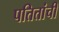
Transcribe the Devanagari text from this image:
पतितांची